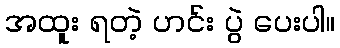
အထူး ရတဲ့ ဟင်း ပွဲ ပေးပါ။